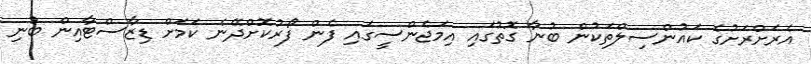
އެރަށްރަށުގެ ކައުންސިލްތަކުން ބުނާ ގޮތުގައި އިމަޖެންސީގައި ފެން ފޯރުކޮށްދޭނެ ކަމަށް ޑިޒާސްޓާއިން ބުނި